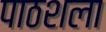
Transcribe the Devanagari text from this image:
पाठशला